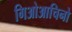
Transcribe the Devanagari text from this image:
गिओआचिनो